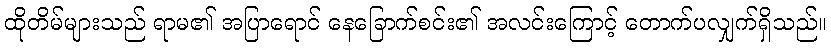
ထိုတိမ်များသည် ရာမ၏ အပြာရောင် နေခြောက်စင်း၏ အလင်းကြောင့် တောက်ပလျှက်ရှိသည်။